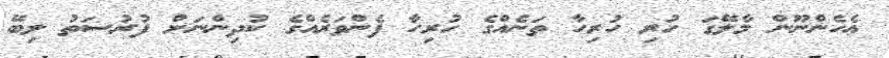
ޢެހެންނޫން މާލޭގަ ހުރި ހުރިހާ ތަނެއްގެ ހުރިހާ ފެންވަރެއްގެ ކުދިންނަށް ފުރުސަތު ލިބޭ